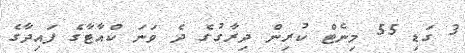
3 ގަޑި 55 މިނެޓް ކުރިން ދިރާގުގެ ދެ ވަނަ ކްއާޓާގެ ފައިދާގެ